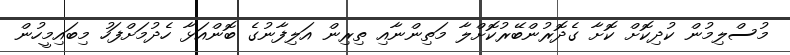
މުސްލިމުން ކުދިކޮށް ކޮށާ ގެދޮރުންބޭރުކޮށްލާ މަތިންނާއި ތިރިން އަލިފާނުގެ ބޮންއަޅާ ހެދުމަށްފަހު މިބައިމީހުން